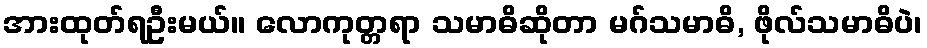
အားထုတ်ရဦးမယ်။ လောကုတ္တရာ သမာဓိဆိုတာ မဂ်သမာဓိ, ဖိုလ်သမာဓိပဲ၊